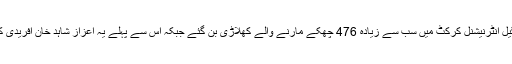
جارحانہ اننگز کے بعد کرس گیل انٹرنیشنل کرکٹ میں سب سے زیادہ 476 چھکے مارنے والے کھلاڑی بن گئے جبکہ اس سے پہلے یہ اعزاز شاہد خان آفریدی کے پاس تھا جو اب برابر ہوگیا۔